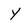
Character: Y